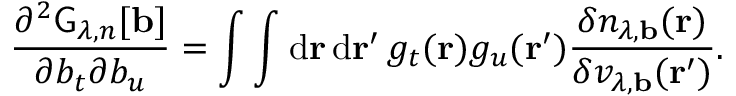
\frac { \partial ^ { 2 } \mathsf { G } _ { \lambda , n } [ \mathbf { b } ] } { \partial b _ { t } \partial b _ { u } } = \int \int \mathrm { d } \mathbf { r } \, \mathrm { d } \mathbf { r } ^ { \prime } \, g _ { t } ( \mathbf { r } ) g _ { u } ( \mathbf { r } ^ { \prime } ) \frac { \delta n _ { \lambda , \mathbf { b } } ( \mathbf { r } ) } { \delta v _ { \lambda , \mathbf { b } } ( \mathbf { r } ^ { \prime } ) } .